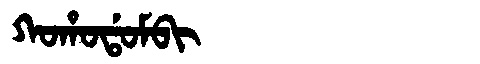
Manchu: ᡴᠣᡥᠣᡩᠣᠮᠪᡳ
Romanization: KOHODOMBI